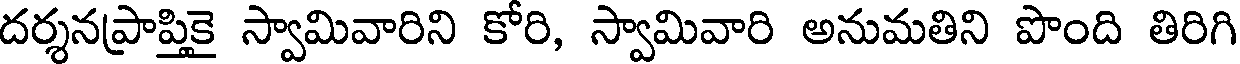
దర్శనప్రాప్తికై స్వామివారిని కోరి, స్వామివారి అనుమతిని పొంది తిరిగి